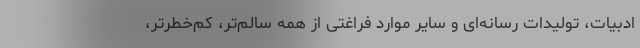
ادبیات، تولیدات رسانه‌ای و سایر موارد فراغتی از همه سالم‌تر، کم‌خطرتر،